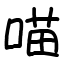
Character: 喵